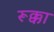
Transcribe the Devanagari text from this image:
रूक्का